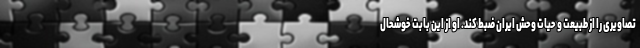
تصاویری را از طبیعت و حیات وحش ایران ضبط کند. او از این بابت خوشحال